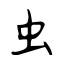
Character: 虫